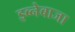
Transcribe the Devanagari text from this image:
इब्नेबाजा